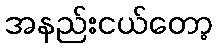
အနည်းငယ်တော့